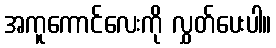
အကူကောင်လေးကို လွှတ်ပေးပါ။